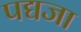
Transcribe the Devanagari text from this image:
पद्यजा